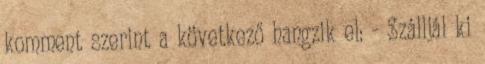
komment szerint a következő hangzik el: - Szálljál ki